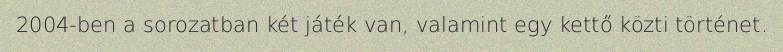
2004-ben a sorozatban két játék van, valamint egy kettő közti történet.